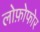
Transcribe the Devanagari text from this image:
लोफ़ोफोर